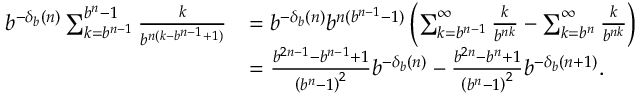
{ \begin{array} { r l } { b ^ { - \delta _ { b } ( n ) } \sum _ { k = b ^ { n - 1 } } ^ { b ^ { n } - 1 } { \frac { k } { b ^ { n ( k - b ^ { n - 1 } + 1 ) } } } } & { = b ^ { - \delta _ { b } ( n ) } b ^ { n ( b ^ { n - 1 } - 1 ) } \left( \sum _ { k = b ^ { n - 1 } } ^ { \infty } { \frac { k } { b ^ { n k } } } - \sum _ { k = b ^ { n } } ^ { \infty } { \frac { k } { b ^ { n k } } } \right) } \\ & { = { \frac { b ^ { 2 n - 1 } - b ^ { n - 1 } + 1 } { \left( b ^ { n } - 1 \right) ^ { 2 } } } b ^ { - \delta _ { b } ( n ) } - { \frac { b ^ { 2 n } - b ^ { n } + 1 } { \left( b ^ { n } - 1 \right) ^ { 2 } } } b ^ { - \delta _ { b } ( n + 1 ) } . } \end{array} }